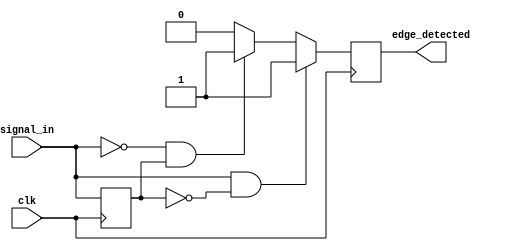
module differential_edge_detector (
    input wire clk,               // Clock signal
    input wire signal_in,         // Input signal
    output reg edge_detected      // Output signal indicating edge detection
);

    // Memory element to store the previous state of the input signal
    reg previous_state;

    // Edge detection logic
    always @(posedge clk) begin
        // Detect edges
        if (signal_in && !previous_state) begin
            // Rising edge detected
            edge_detected <= 1'b1; // Set edge_detected high for one clock cycle
        end else if (!signal_in && previous_state) begin
            // Falling edge detected
            edge_detected <= 1'b1; // Set edge_detected high for one clock cycle
        end else begin
            edge_detected <= 1'b0; // No edge detected
        end

        // Update the previous state
        previous_state <= signal_in;
    end

endmodule